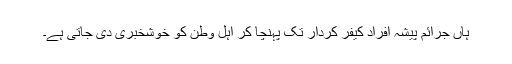
ہاں جرائم پیشہ افراد کیفر کردار تک پہنچا کر اہل وطن کو خوشخبری دی جاتی ہے۔